Indian journal of veterinary science and animal husbandry - Volume 3,
Year: 1933
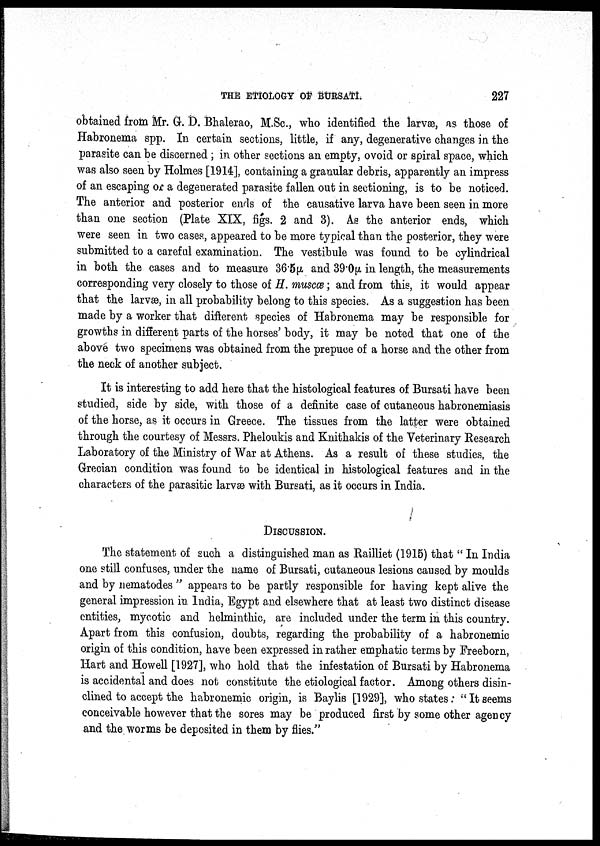
THE ETIOLOGY OF BURSATI.
227
obtained from Mr. G. D. Bhalerao, M.Sc., who identified the larvae, as those of
Habronema spp. In certain sections, little, if any, degenerative changes in the
parasite can be discerned; in other sections an empty, ovoid or spiral space, which
was also seen by Holmes [1914], containing a granular debris, apparently an impress
of an escaping or a degenerated parasite fallen out in sectioning, is to be noticed.
The anterior and posterior ends of the causative larva have been seen in more
than one section (Plate XIX, figs. 2 and 3). As the anterior ends, which
were seen in two cases, appeared to be more typical than the posterior, they were
submitted to a careful examination. The vestibule was found to be cylindrical
in both the cases and to measure 36.5μ and 39.0μ. in length, the measurements
corresponding very closely to those of H. muscæ ; and from this, it would appear
that the larvæ, in all probability belong to this species. As a suggestion has been
made by a worker that different species of Habronema may be responsible for
growths in different parts of the horses' body, it may be noted that one of the
above two specimens was obtained from the prepuce of a horse and the other from
the neck of another subject.
It is interesting to add here that the histological features of Bursati have been
studied, side by side, with those of a definite case of cutaneous habronemiasis
of the horse, as it occurs in Greece. The tissues from the latter were obtained
through the courtesy of Messrs. Pheloukis and Knithakis of the Veterinary Research
Laboratory of the Ministry of War at Athens. As a result of these studies, the
Grecian condition was found to be identical in histological features and in the
characters of the parasitic larvae with Bursati, as it occurs in India.
DISCUSSION.
The statement of such a distinguished man as Railliet (1915) that " In India
one still confuses, under the name of Bursati, cutaneous lesions caused by moulds
and by nematodes " appears to be partly responsible for having kept alive the
general impression in India, Egypt and elsewhere that at least two distinct disease
entities, mycotic and helminthic, are included under the term in this country.
Apart from this confusion, doubts, regarding the probability of a habronemic
origin of this condition, have been expressed in rather emphatic terms by Freeborn,
Hart and Howell [1927], who hold that the infestation of Bursati by Habronema
is accidental and does not constitute the etiological factor. Among others disin-
clined to accept the habronemic origin, is Baylis [1929], who states: " It seems
conceivable however that the sores may be produced first by some other agency
and the worms be deposited in them by flies."